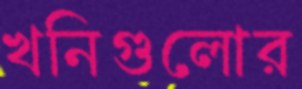
খনিগুলোর